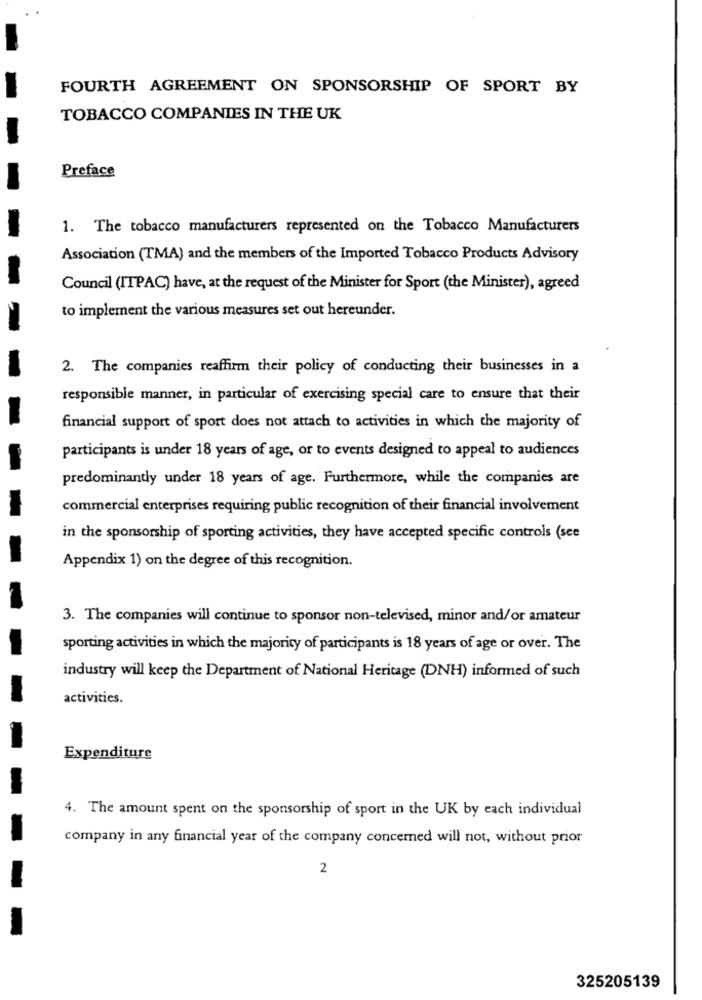
FOURTH AGREEMENT ON SPONSORSHIP OF SPORT BY
TOBACCO COMPANIES IN THE UK
Preface
1. The tobacco manufacturers represented on the Tobacco Manufacturers
Association (TMA) and the members of the Imported Tobacco Products Advisory
Council (ITPAC) have, at the request of the Minister for Sport (the Minister), agreed
to implement the various measures set out hereunder.
2. The companies reaffirm their policy of conducting their businesses in a
responsible manner, in particular of exercising special care to ensure that their
financial support of sport does not attach to activities in which the majority of
participants is under 18 years of age, or to events designed to appeal to audiences
predominantly under 18 years of age. Furthermore, while the companies are
commercial enterprises requiring public recognition of their financial involvement
in the sponsorship of sporting activities, they have accepted specific controls (see
Appendix 1) on the degree of this recognition.
3. The companies will continue to sponsor non-televised, minor and/or amateur
sporting activities in which the majority of participants is 18 years of age or over. The
industry will keep the Department of National Heritage (DNH) informed of such
activities.
Expenditure
4. The amount spent on the sponsorship of sport in the UK by each individual
company in any financial year of the company concerned will not, without prior
2
325205139